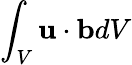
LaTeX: \int_{V}{\mathbf{u}}\cdot{\mathbf{b}}dV